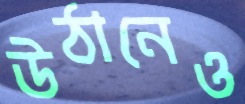
উঠানেও